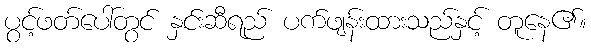
ပွင့်ဖတ်ပေါ်တွင် နှင်းဆီရည် ပက်ဖျန်းထားသည်နှင့် တူနေ၏။